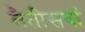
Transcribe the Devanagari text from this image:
तैतीसवां